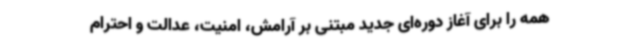
همه را برای آغاز دوره‌ای جدید مبتنی بر آرامش، امنیت، عدالت و احترام